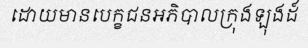
ដោយមានបេក្ខជនអភិបាលក្រុងឡុងដ៍